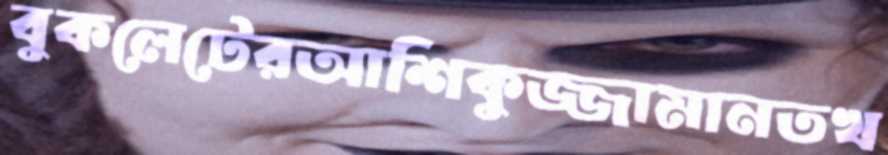
বুকলেটেরআশিকুজ্জামানতখ